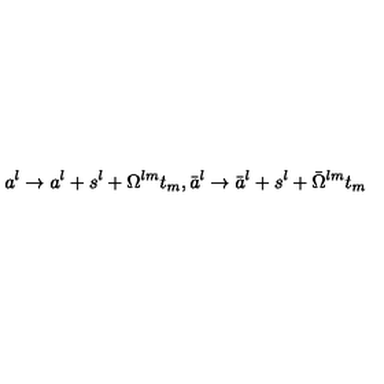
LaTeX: a ^ { l } \rightarrow a ^ { l } + s ^ { l } + \Omega ^ { l m } t _ { m } , \bar { a } ^ { l } \rightarrow \bar { a } ^ { l } + s ^ { l } + \bar { \Omega } ^ { l m } t _ { m }